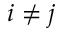
i \neq j